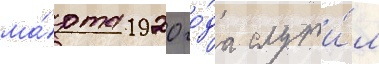
ма́рта 1920 го́да служи́л